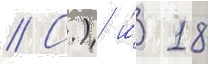
// С.) и́ 18